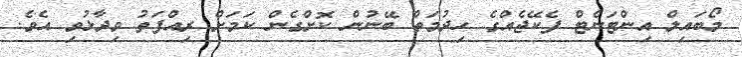
މޯބައިލް އިންޓަނެޓް ފެކޭޖެއްގެ ހިދުމަތް ބޭނުން ކޮށްގެން ކަމަށް ރިއްފަތު ވިދާޅުވި އެވެ.